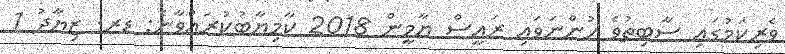
ވެރިކަމުގައި ސާބިތުވެ ހުންނަވައި ރައީސް ޔާމީން 2018 ކާމިޔާބުކުރައްވާނެ: ޑރ. ޒިޔާދު 1